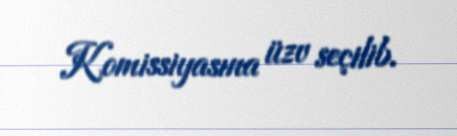
Komissiyasına üzv seçilib.